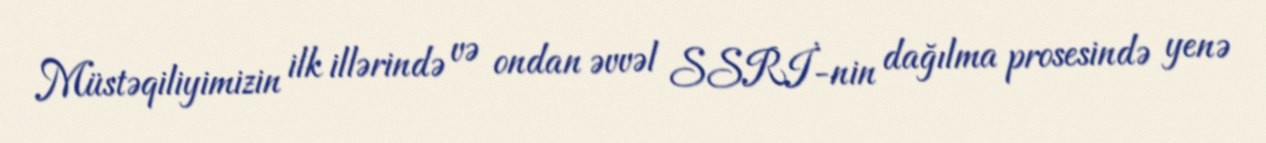
Müstəqiliyimizin ilk illərində və ondan əvvəl SSRİ-nin dağılma prosesində yenə